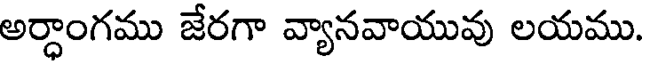
అర్ధాంగము జేరగా వ్యానవాయువు లయము.